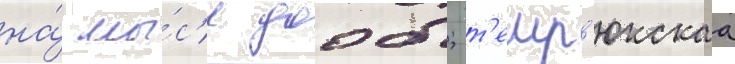
на́ мы́с'е дооб; т'емр'юкскаа